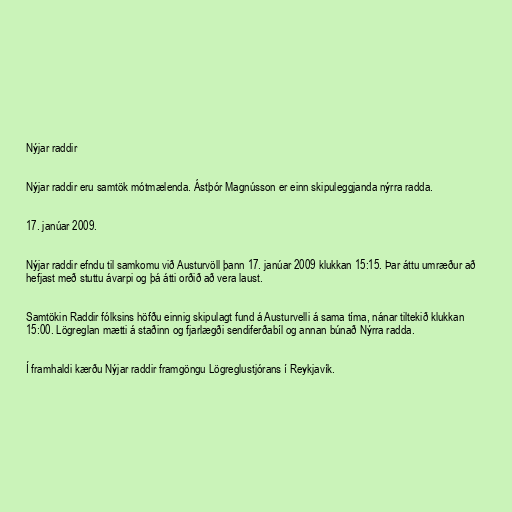
Nýjar raddir

Nýjar raddir eru samtök mótmælenda. Ástþór Magnússon er einn skipuleggjanda nýrra radda.

17. janúar 2009.

Nýjar raddir efndu til samkomu við Austurvöll þann 17. janúar 2009 klukkan 15:15. Þar áttu umræður að
hefjast með stuttu ávarpi og þá átti orðið að vera laust.

Samtökin Raddir fólksins höfðu einnig skipulagt fund á Austurvelli á sama tíma, nánar tiltekið klukkan
15:00. Lögreglan mætti á staðinn og fjarlægði sendiferðabíl og annan búnað Nýrra radda.

Í framhaldi kærðu Nýjar raddir framgöngu Lögreglustjórans í Reykjavík.